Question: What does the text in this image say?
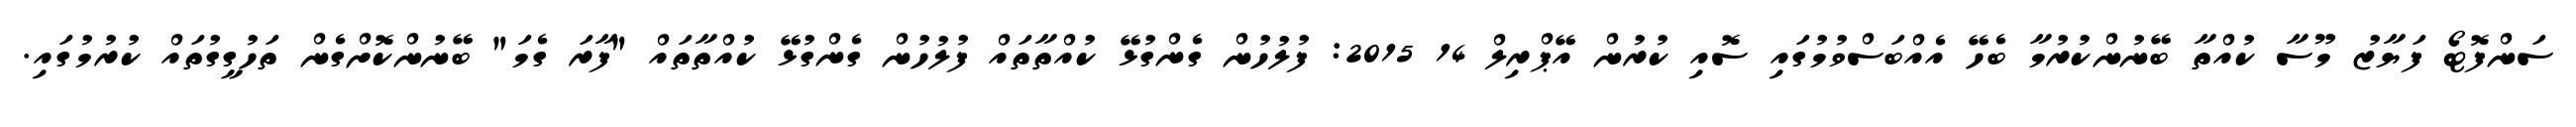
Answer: ސަންފޮޓޯ ފަޔާޒު މޫސާ ކުއްތާ ބޭނުންކުރުމާ ބެހޭ އެއްބަސްވުމުގައި ސޮއި ކުރުން އޭޕްރިލް 14 2015: ފުލުހުން ގެންގުޅޭ ކުއްތާތައް ފުލުހުން ގެންގުޅޭ ކުއްތާތައް "ފާރަ ގެމަ" ބޭނުންކޮށްގެން ތަހުގީގުތައް ކުރުމުގައި.